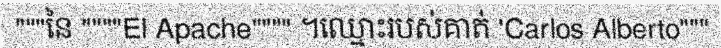
"""នៃ """"El Apache"""" ។ឈ្មោះរបស់គាត់ 'Carlos Alberto"""